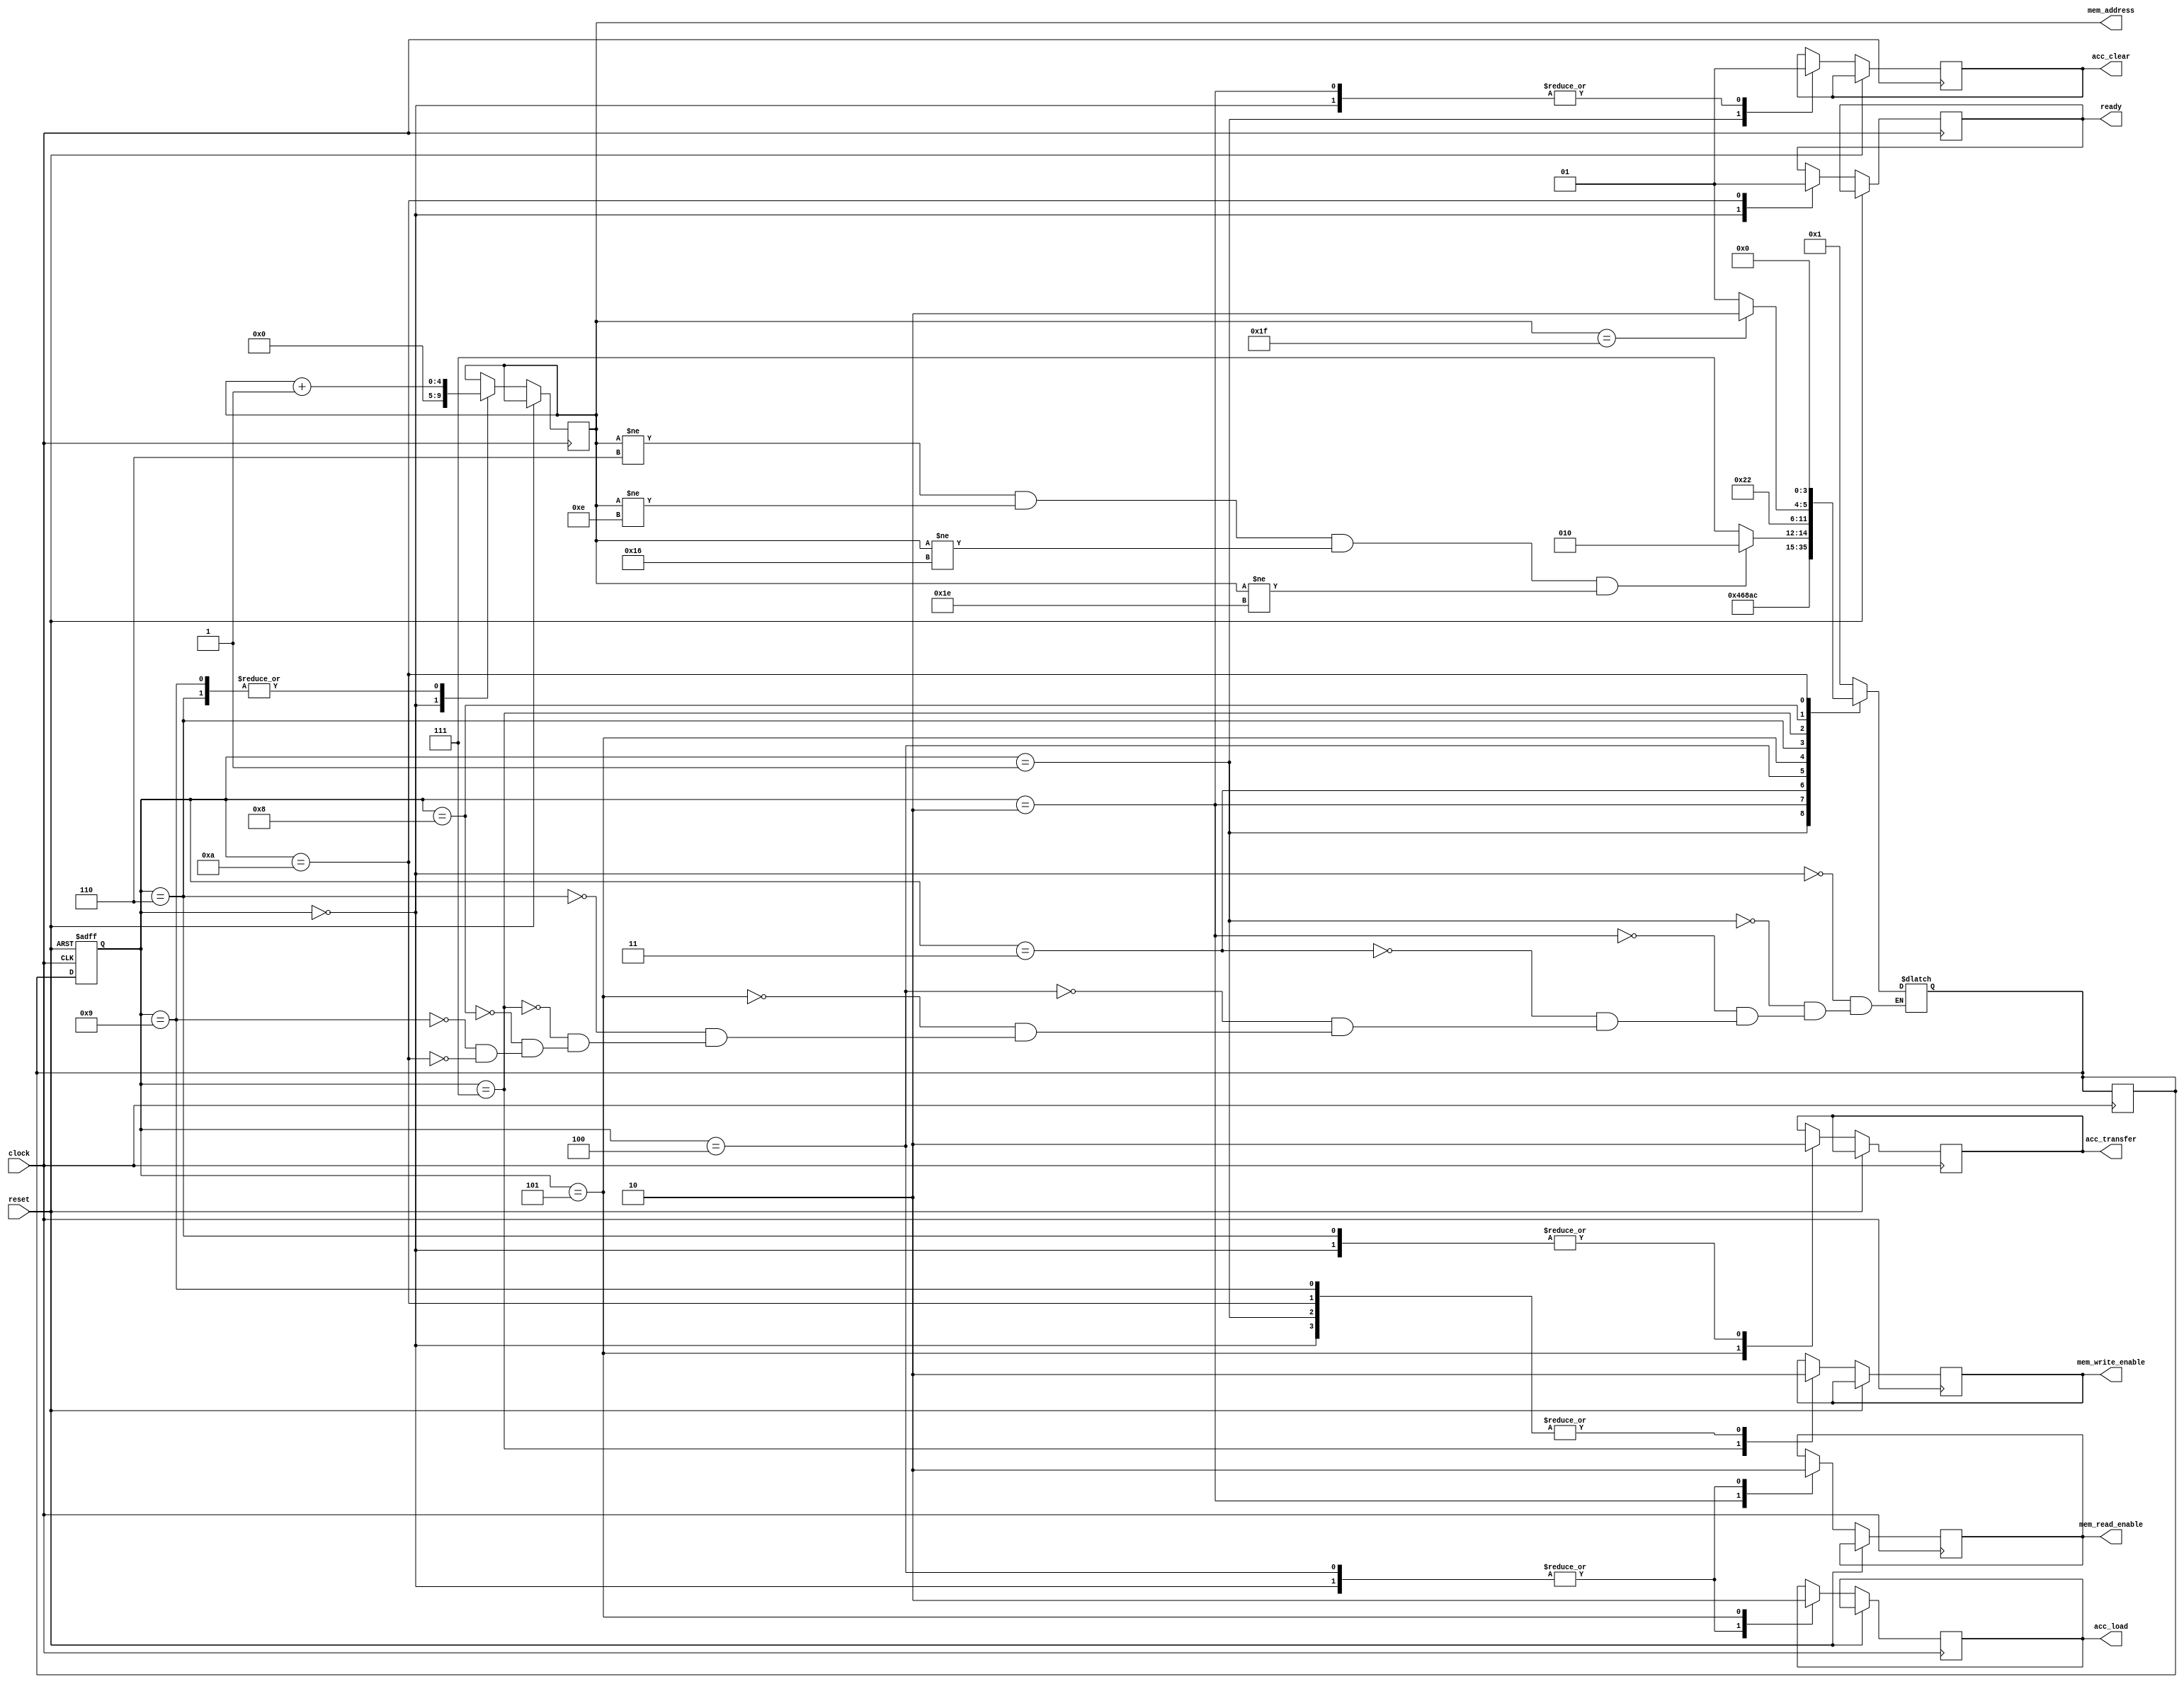
module FSM(clock, reset, ready, mem_address, mem_read_enable, mem_write_enable, acc_load, acc_transfer, acc_clear);
input clock, reset;
output reg ready,
	mem_read_enable,
	mem_write_enable,
	acc_load,
	acc_transfer,
	acc_clear;

output reg [4:0] mem_address;

reg [3:0] current_state, next_state;

parameter
	S_RESET = 0,
	S_CLEAR_ACC = 1,
	S_MEM_READ = 2,
	S_MEM_WAIT_READ = 3, 
	S_ACC_LOAD_DATA = 4,
	S_ACC_TRANSFER_DATA = 5,
	S_CHECK_POSITION = 6,
	S_MEM_WRITE = 7,
	S_MEM_WAIT_WRITE = 8,
	S_UPDATE_ADDRESS = 9,
	S_READY = 10;

always @ (current_state or mem_address)
begin
	case(current_state)
	S_RESET:
	begin		
		next_state = S_CLEAR_ACC;
	end
	S_CLEAR_ACC:
	begin
		next_state = S_MEM_READ;
	end
	S_MEM_READ:
	begin
		next_state = S_MEM_WAIT_READ;
	end
	S_MEM_WAIT_READ:
	begin
		next_state = S_ACC_LOAD_DATA;
	end
	S_ACC_LOAD_DATA:
	begin
		next_state = S_ACC_TRANSFER_DATA;
	end
	S_ACC_TRANSFER_DATA:
	begin
		next_state = S_CHECK_POSITION;
	end
	S_CHECK_POSITION:
	begin
		if(mem_address != 6 && mem_address != 14 && mem_address != 22 && mem_address != 30) next_state = S_MEM_READ;		 
		else next_state = S_MEM_WRITE;
	end
	S_MEM_WRITE:
	begin			
		next_state = S_MEM_WAIT_WRITE;
	end
	S_MEM_WAIT_WRITE:
	begin
		if(mem_address == 31) next_state <= S_READY;
		else next_state = S_UPDATE_ADDRESS;
	end
	S_UPDATE_ADDRESS:
	begin		
		next_state = S_CLEAR_ACC;
	end
	S_READY:
	begin		
		next_state = S_RESET;
	end
	endcase
end


always @ (posedge clock or posedge reset)
begin
	if(reset)
	begin
		current_state <= S_RESET;
	end
	else
	begin
		case(current_state)
		S_RESET:
		begin
			mem_address <= 5'b00000;
			ready <= 1'b0;		
			mem_read_enable <= 1'b0;
			mem_write_enable <= 1'b0;
			acc_load <= 1'b1;
			acc_transfer <= 1'b0;
			acc_clear <= 1'b1;
		end
		S_CLEAR_ACC:
		begin
			mem_write_enable <= 1'b0;
			acc_clear<= 1'b0;
		end
		S_MEM_READ:
		begin
			mem_read_enable <= 1'b1;
			acc_clear<= 1'b1;
		end
		S_ACC_LOAD_DATA:
		begin
			mem_read_enable <= 1'b0;
			acc_load <= 1'b1;
		end
		S_ACC_TRANSFER_DATA:
		begin
			acc_transfer <= 1'b1;		
			acc_load <= 1'b0;		
		end
		S_CHECK_POSITION:
		begin
			mem_address <= mem_address + 1;	
			acc_transfer <= 1'b0;
		end
		S_MEM_WRITE:
		begin		
			mem_write_enable <= 1'b1;
		end
		S_UPDATE_ADDRESS:
		begin
			mem_address = mem_address + 1;
			mem_write_enable <= 1'b0;
		end
		S_READY:
		begin
			mem_write_enable <= 1'b0;
			ready <= 1'b1;
		end
		default: next_state <= next_state;
		endcase
		current_state <= next_state;
	end
end

endmodule